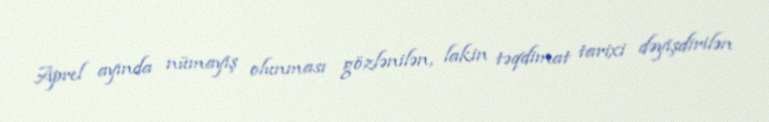
Aprel ayında nümayiş olunması gözlənilən, lakin təqdimat tarixi dəyişdirilən